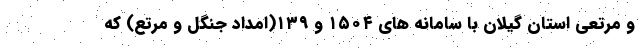
و مرتعی استان گیلان با سامانه های ۱۵۰۴ و ۱۳۹(امداد جنگل و مرتع) که